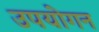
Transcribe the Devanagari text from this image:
उपयोगन